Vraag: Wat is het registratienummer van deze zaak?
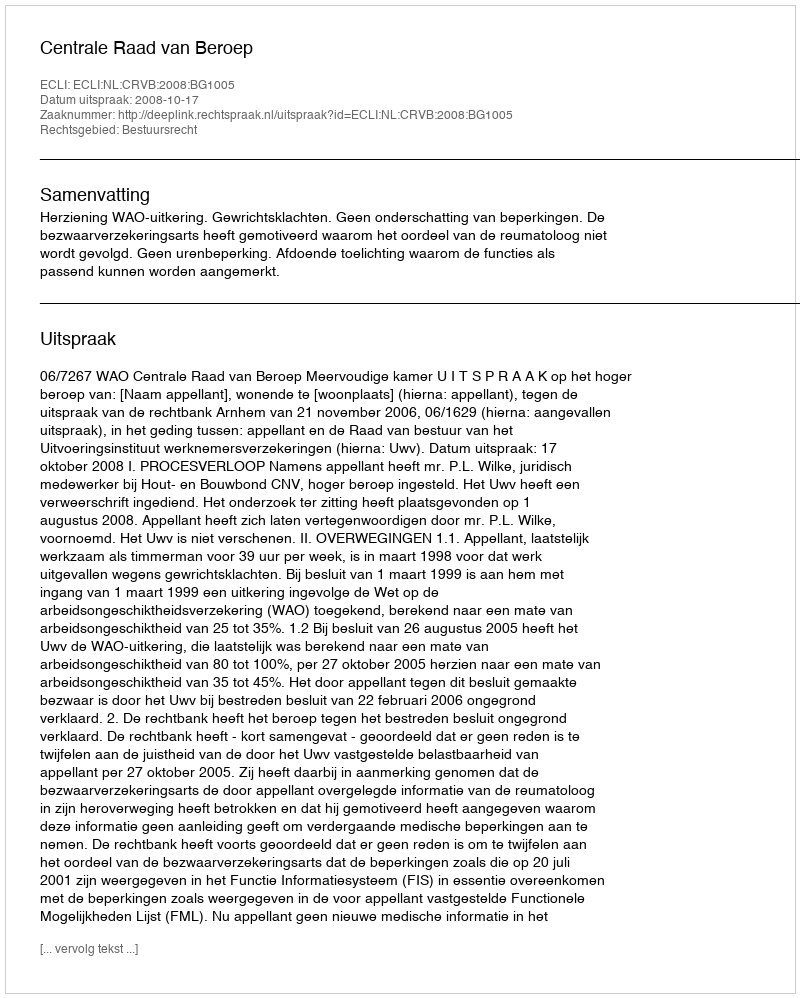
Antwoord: http://deeplink.rechtspraak.nl/uitspraak?id=ECLI:NL:CRVB:2008:BG1005